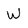
Character: W